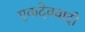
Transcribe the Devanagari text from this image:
एकदेववादी